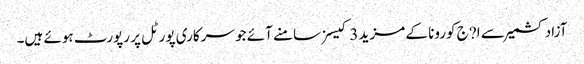
آزاد کشمیر سے ا?ج کورونا کے مزید 3 کیسز سامنے آئے جو سرکاری پورٹل پر رپورٹ ہوئے ہیں۔